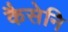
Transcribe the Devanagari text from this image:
कैसेनि